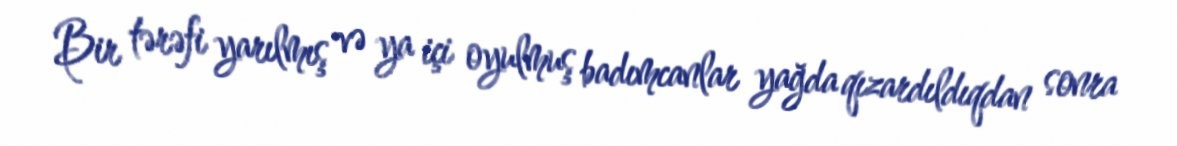
Bir tərəfi yarılmış və ya içi oyulmuş badımcanlar yağda qızardıldıqdan sonra